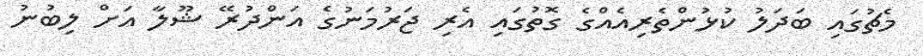
މެޗުގައި ބަދަލު ކުޅުންތެރިއެއްގެ ގޮތުގައި އެރި ޖަރުމަނުގެ އަންދުރޭ ޝޫލާ އަށް ލިބުނު